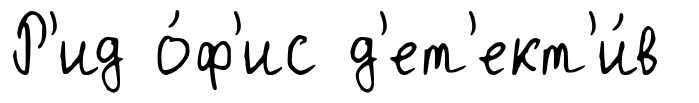
Р'ид о́ф'ис д'ет'ект'и́в